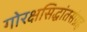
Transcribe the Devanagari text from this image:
गोरक्षसिद्धांतसंग्रह